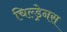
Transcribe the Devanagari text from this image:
चिल्ड्रेनस